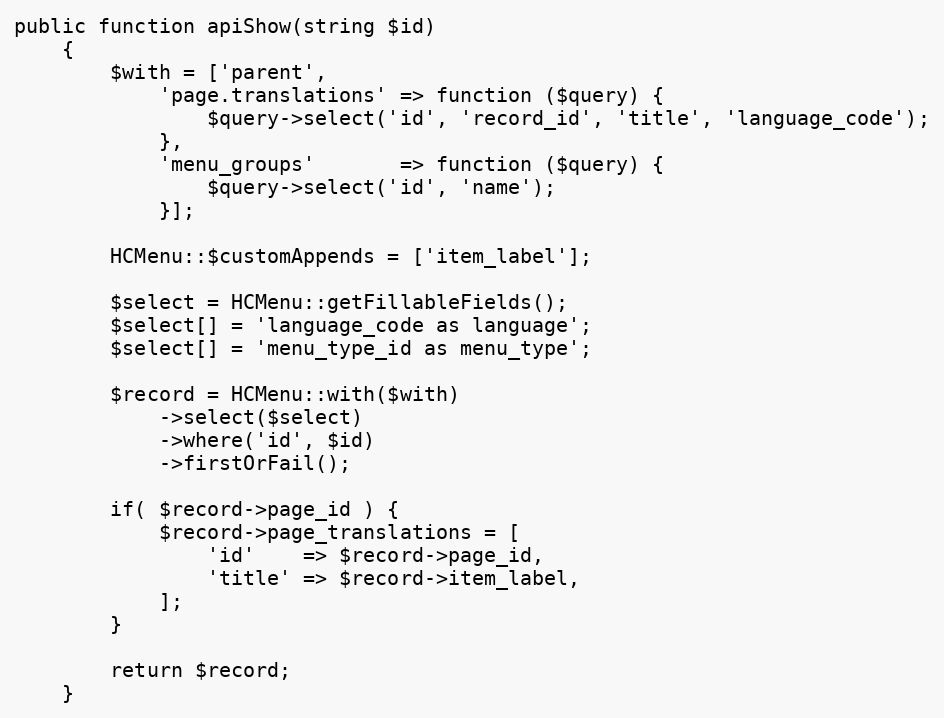
Language: PHP
public function apiShow(string $id)
    {
        $with = ['parent',
            'page.translations' => function ($query) {
                $query->select('id', 'record_id', 'title', 'language_code');
            },
            'menu_groups'       => function ($query) {
                $query->select('id', 'name');
            }];

        HCMenu::$customAppends = ['item_label'];

        $select = HCMenu::getFillableFields();
        $select[] = 'language_code as language';
        $select[] = 'menu_type_id as menu_type';

        $record = HCMenu::with($with)
            ->select($select)
            ->where('id', $id)
            ->firstOrFail();

        if( $record->page_id ) {
            $record->page_translations = [
                'id'    => $record->page_id,
                'title' => $record->item_label,
            ];
        }

        return $record;
    }